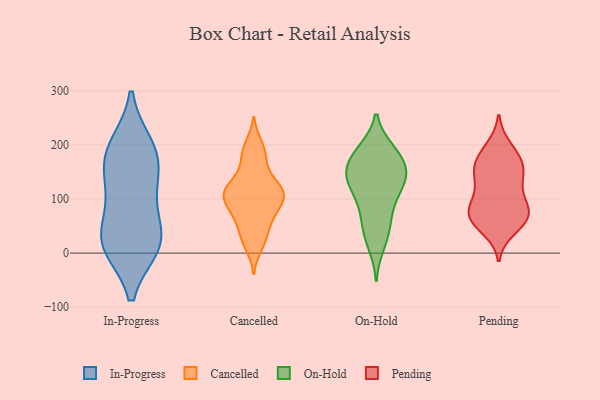
{"axis": {"x": "Production Output", "y": "Value"}, "legend": ["Cancelled", "In-Progress", "On-Hold", "Pending"], "data": [{"x": "", "y": 189, "type": "In-Progress"}, {"x": "", "y": 109, "type": "In-Progress"}, {"x": "", "y": 114, "type": "In-Progress"}, {"x": "", "y": 198, "type": "In-Progress"}, {"x": "", "y": 43, "type": "In-Progress"}, {"x": "", "y": 14, "type": "In-Progress"}, {"x": "", "y": 15, "type": "In-Progress"}, {"x": "", "y": 25, "type": "In-Progress"}, {"x": "", "y": 180, "type": "In-Progress"}, {"x": "", "y": 159, "type": "In-Progress"}, {"x": "", "y": 13, "type": "In-Progress"}, {"x": "", "y": 64, "type": "Cancelled"}, {"x": "", "y": 122, "type": "Cancelled"}, {"x": "", "y": 63, "type": "Cancelled"}, {"x": "", "y": 158, "type": "Cancelled"}, {"x": "", "y": 91, "type": "Cancelled"}, {"x": "", "y": 102, "type": "Cancelled"}, {"x": "", "y": 116, "type": "Cancelled"}, {"x": "", "y": 117, "type": "Cancelled"}, {"x": "", "y": 28, "type": "Cancelled"}, {"x": "", "y": 190, "type": "Cancelled"}, {"x": "", "y": 32, "type": "Cancelled"}, {"x": "", "y": 119, "type": "Cancelled"}, {"x": "", "y": 94, "type": "Cancelled"}, {"x": "", "y": 175, "type": "Cancelled"}, {"x": "", "y": 126, "type": "Cancelled"}, {"x": "", "y": 103, "type": "Cancelled"}, {"x": "", "y": 74, "type": "Cancelled"}, {"x": "", "y": 200, "type": "Cancelled"}, {"x": "", "y": 13, "type": "Cancelled"}, {"x": "", "y": 187, "type": "On-Hold"}, {"x": "", "y": 140, "type": "On-Hold"}, {"x": "", "y": 152, "type": "On-Hold"}, {"x": "", "y": 124, "type": "On-Hold"}, {"x": "", "y": 81, "type": "On-Hold"}, {"x": "", "y": 190, "type": "On-Hold"}, {"x": "", "y": 108, "type": "On-Hold"}, {"x": "", "y": 141, "type": "On-Hold"}, {"x": "", "y": 72, "type": "On-Hold"}, {"x": "", "y": 157, "type": "On-Hold"}, {"x": "", "y": 180, "type": "On-Hold"}, {"x": "", "y": 184, "type": "On-Hold"}, {"x": "", "y": 34, "type": "On-Hold"}, {"x": "", "y": 15, "type": "On-Hold"}, {"x": "", "y": 142, "type": "On-Hold"}, {"x": "", "y": 48, "type": "On-Hold"}, {"x": "", "y": 127, "type": "On-Hold"}, {"x": "", "y": 196, "type": "Pending"}, {"x": "", "y": 61, "type": "Pending"}, {"x": "", "y": 170, "type": "Pending"}, {"x": "", "y": 78, "type": "Pending"}, {"x": "", "y": 99, "type": "Pending"}, {"x": "", "y": 154, "type": "Pending"}, {"x": "", "y": 65, "type": "Pending"}, {"x": "", "y": 187, "type": "Pending"}, {"x": "", "y": 69, "type": "Pending"}, {"x": "", "y": 64, "type": "Pending"}, {"x": "", "y": 137, "type": "Pending"}, {"x": "", "y": 64, "type": "Pending"}, {"x": "", "y": 150, "type": "Pending"}, {"x": "", "y": 107, "type": "Pending"}, {"x": "", "y": 143, "type": "Pending"}, {"x": "", "y": 92, "type": "Pending"}, {"x": "", "y": 167, "type": "Pending"}, {"x": "", "y": 44, "type": "Pending"}]}